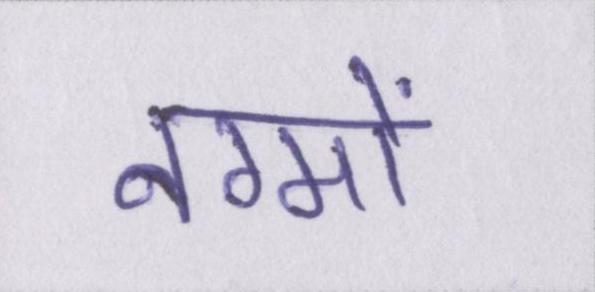
नग्मों